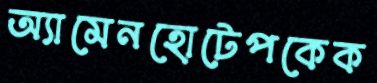
অ্যামেনহোটেপকেক